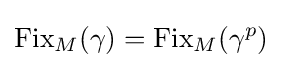
\operatorname {Fix} _{M}(\gamma )=\operatorname {Fix} _{M}(\gamma ^{p})